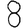
Digit: 8